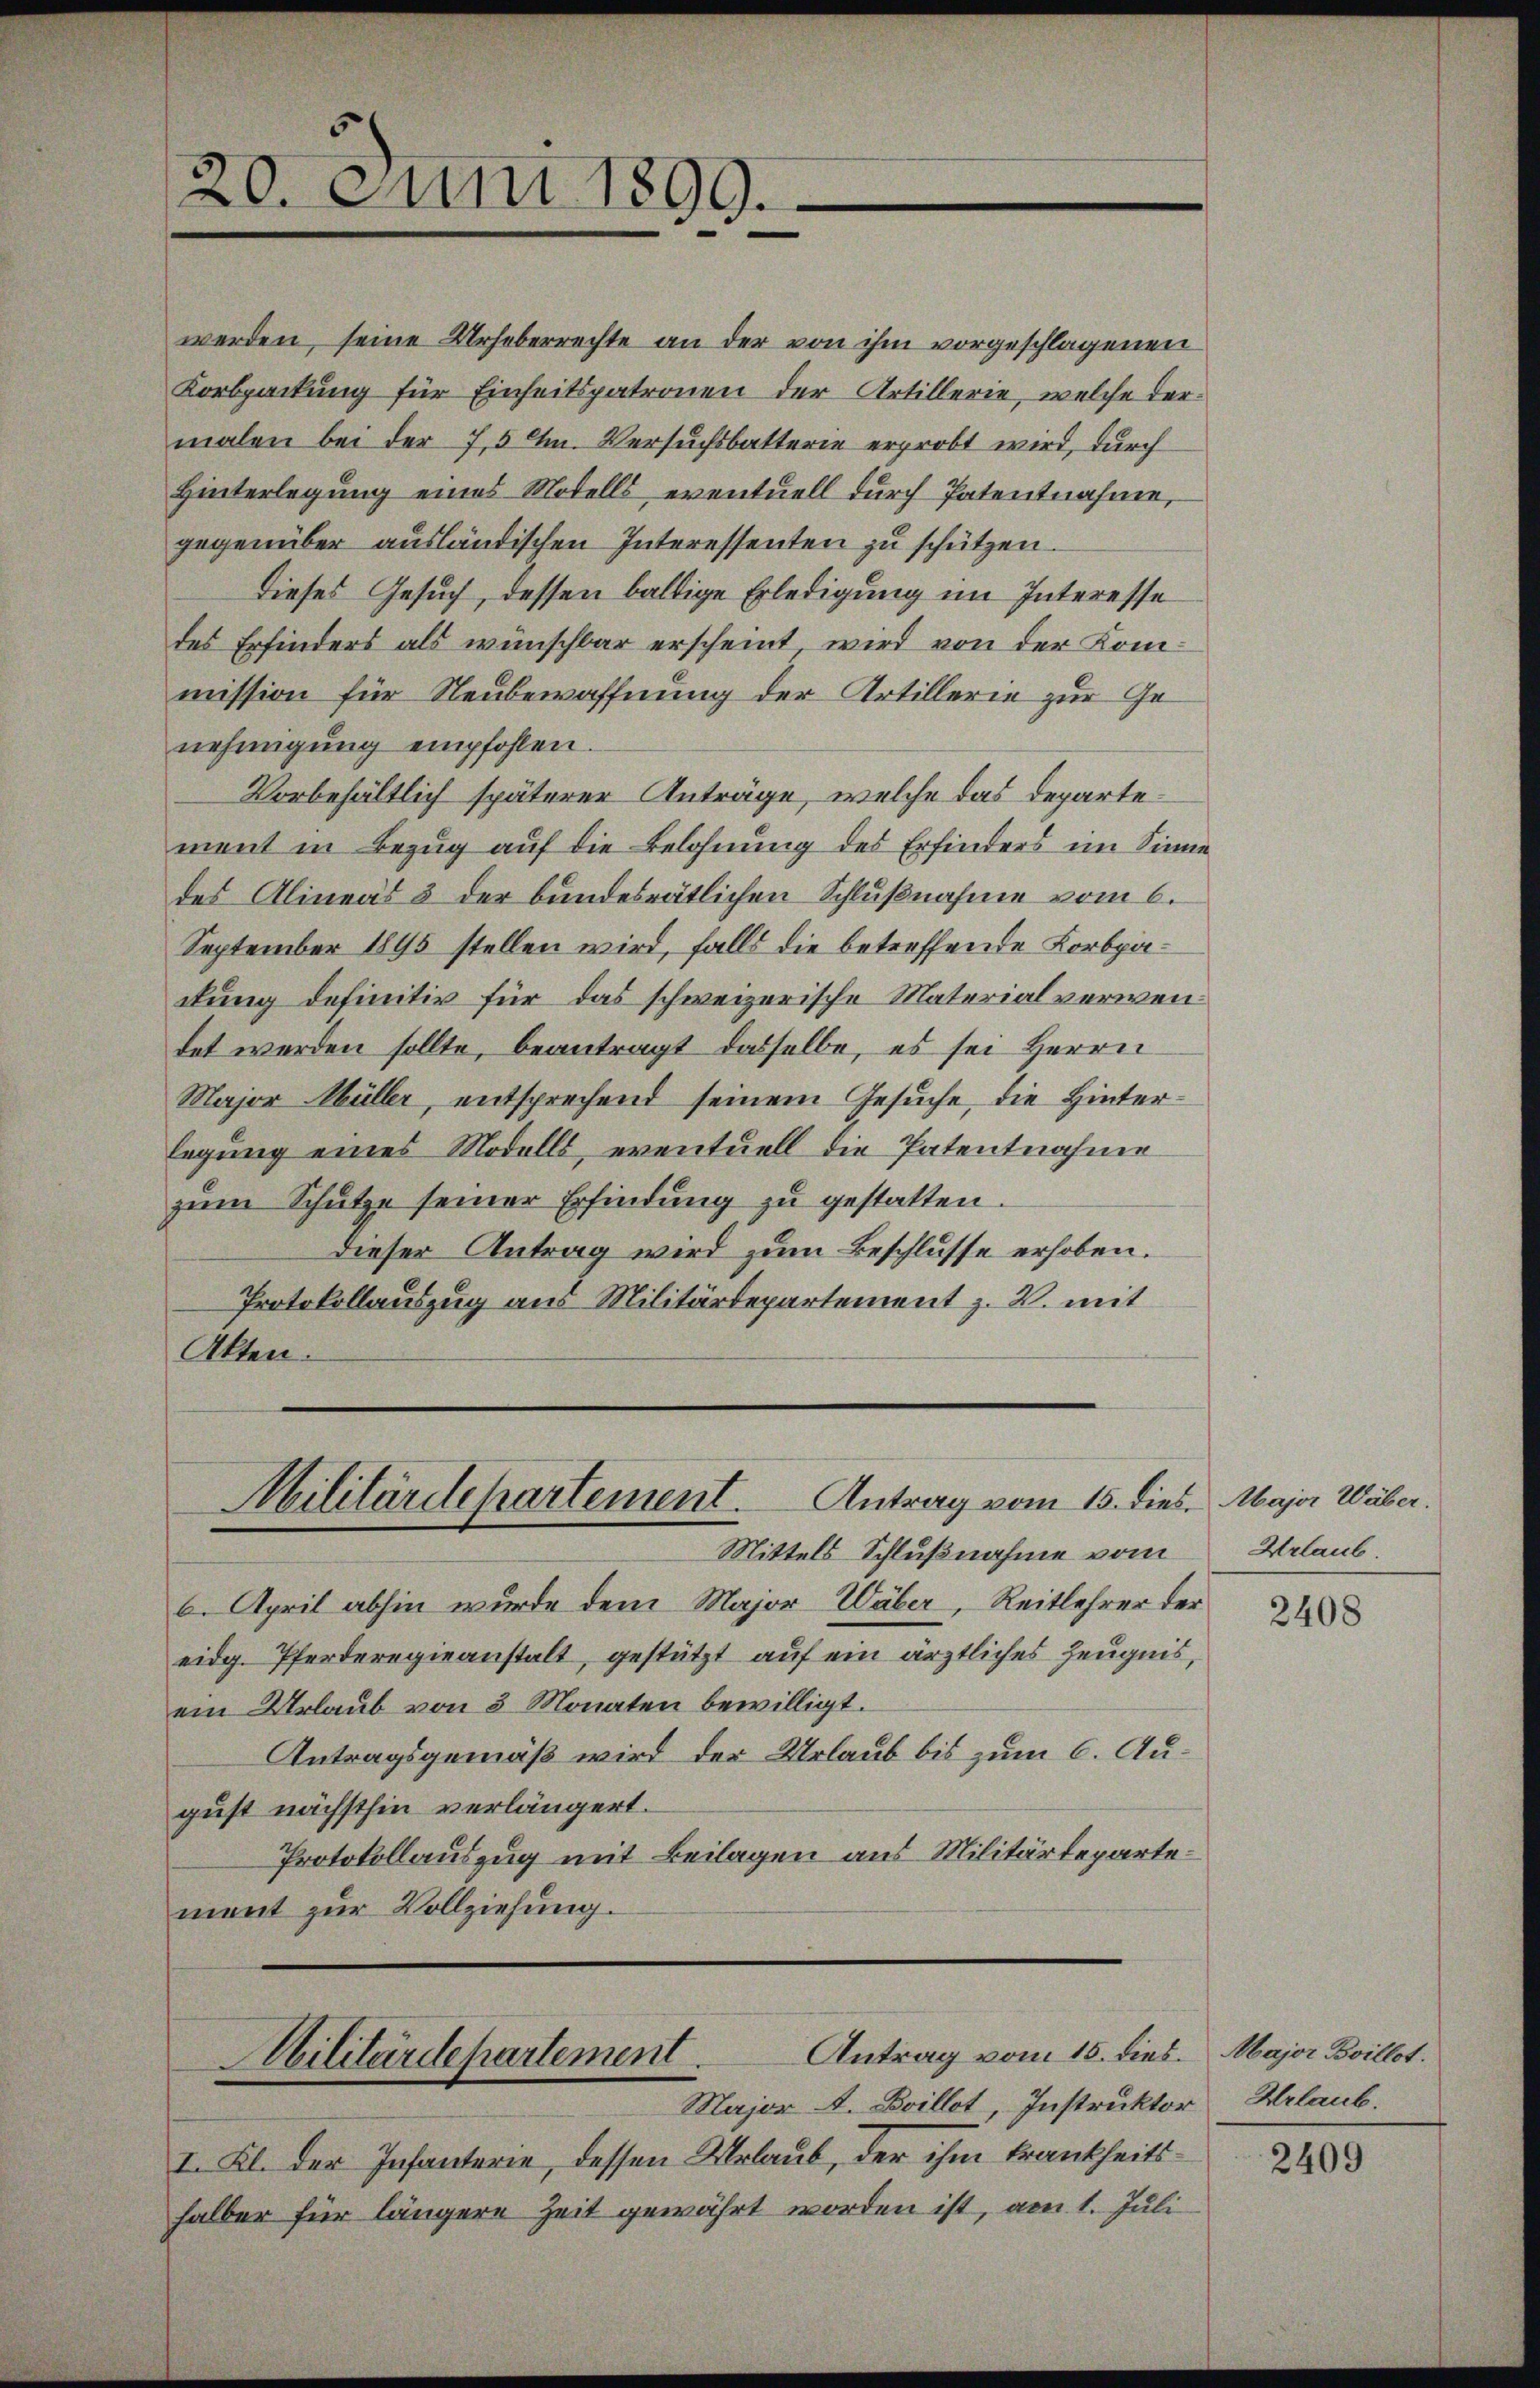
20. Juni 1899.

werden, seine Urheberrechte an der von ihm vorgeschlagenen
Korbpackung für Einheitspatronen der Artillerie, welche dermalen bei der 7,5 M. Versuchsbatterie erprobt wird, durch
Hinterlegung eines Modells eventuell durch Patentnahme,
gegenüber ausländischen Interessenten zu schützen.
Dieses Gesuch, dessen baldige Erledigung im Interesse
des Erfinders als wünschbar erscheint, wird von der Kommission für Neubewaffnung der Artillerie zur Genehmigung empfohlen.
Vorbehältlich späterer Anträge, welche das Departement in Bezug auf die Belohnung des Erfinders im Sinne
des Alineas 3 der bundesrätlichen Schlußnahme vom 6.
September 1895 stellen wird, falls die betreffende Korbpadung definitiv für das schweizerische Materialverwendet werden sollte, beantragt dasselbe, es sei Herrn
Major Müller, entsprechend seinem Gesuche, die Hinterlegung eines Modells, eventuell die Patentnahme
zŭm Schütze seiner Erfindung zŭ gestatten.
Dieser Antrag wird zum Beschlusse erhoben.
Protokollauszug aus Militärdepartement z. B. mit
Akten.

Mittels Schlußnahme vom
6. April abhin wurde dem Major Wäber, Reitlehrer der
eidg. Pferderegieanstalt, gestützt auf ein ärztliches Zeugnis,
ein Urlaub von 3 Monaten bewilligt.
Antragsgemäß wird der Urlaub bis zum 6. August nächsthin verlängert.
Protokollauszug mit Beilagen aus Militärdepartement zur Vollziehung.
Antrag vom 15. dies.

Militärdepartement. Antrag vom 15. dies. Major Wäber.

I. Kl. der Infanterie, dessen Urlaub, der ihm Frankheitshalber für längere Zeit gewährt worden ist, am 1. Juli

Militärdepartement.
Major A. Boillot, Instruktor

Urlaub.

2408

Major Boillot.
Hrlaub.

2409